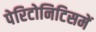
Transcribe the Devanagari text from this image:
पेरिटोनिटिसमें